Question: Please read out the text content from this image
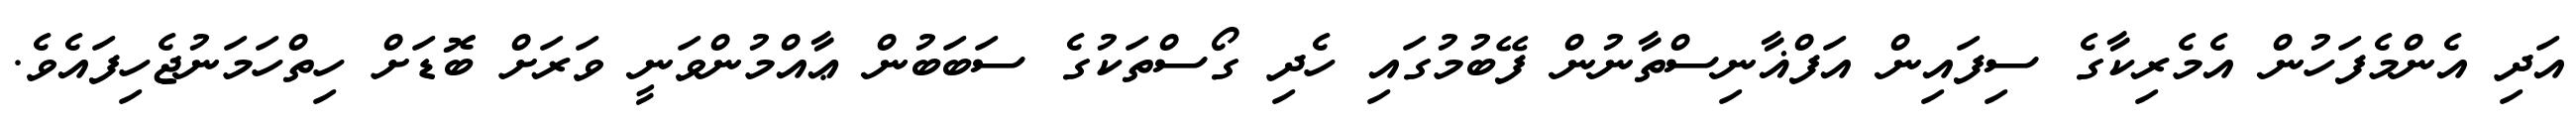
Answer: އަދި އެންމެފަހުން އެމެރިކާގެ ސިފައިން އަފްޣާނިސްތާނުން ފޭބުމުގައި ހެދި ގޯސްތަކުގެ ސަބަބުން ޢާއްމުންވަނީ ވަރަށް ބޮޑަށް ހިތްހަމަނުޖެހިފައެވެ.